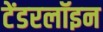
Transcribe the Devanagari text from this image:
टेंडरलॉइन